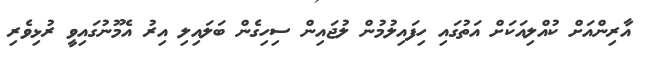
އާރިންއަށް ކުއްލިއަކަށް އަތުގައި ހިފައިލުމުން ލުޖައިން ސިހިގެން ބަލައިލި އިރު އެމޫނުގައިވީ ރުޅިވެރި